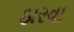
ઠારવા